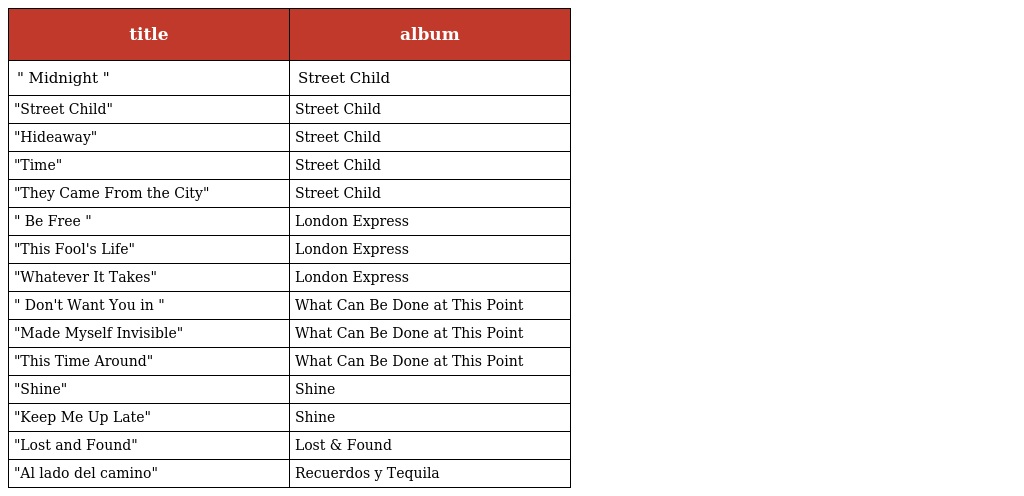
| title | album |
 | --- | --- |
 | " Midnight " | Street Child |
 | "Street Child" | Street Child |
 | "Hideaway" | Street Child |
 | "Time" | Street Child |
 | "They Came From the City" | Street Child |
 | " Be Free " | London Express |
 | "This Fool's Life" | London Express |
 | "Whatever It Takes" | London Express |
 | " Don't Want You in " | What Can Be Done at This Point |
 | "Made Myself Invisible" | What Can Be Done at This Point |
 | "This Time Around" | What Can Be Done at This Point |
 | "Shine" | Shine |
 | "Keep Me Up Late" | Shine |
 | "Lost and Found" | Lost & Found |
 | "Al lado del camino" | Recuerdos y Tequila |